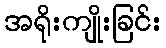
အရိုးကျိုးခြင်း